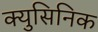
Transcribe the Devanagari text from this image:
क्युसिनिक